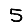
Digit: 5